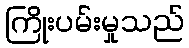
ကြိုးပမ်းမှုသည်